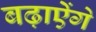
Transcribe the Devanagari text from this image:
बढ़ाऐेंगे